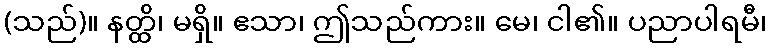
(သည်)။ နတ္ထိ၊ မရှိ။ ဧသာ၊ ဤသည်ကား။ မေ၊ ငါ၏။ ပညာပါရမီ၊